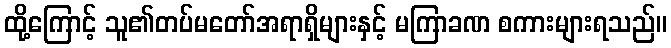
ထို့ကြောင့် သူ၏တပ်မတော်အရာရှိများနှင့် မကြာခဏ စကားများရသည်။